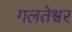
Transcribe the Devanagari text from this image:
गलतेश्वर